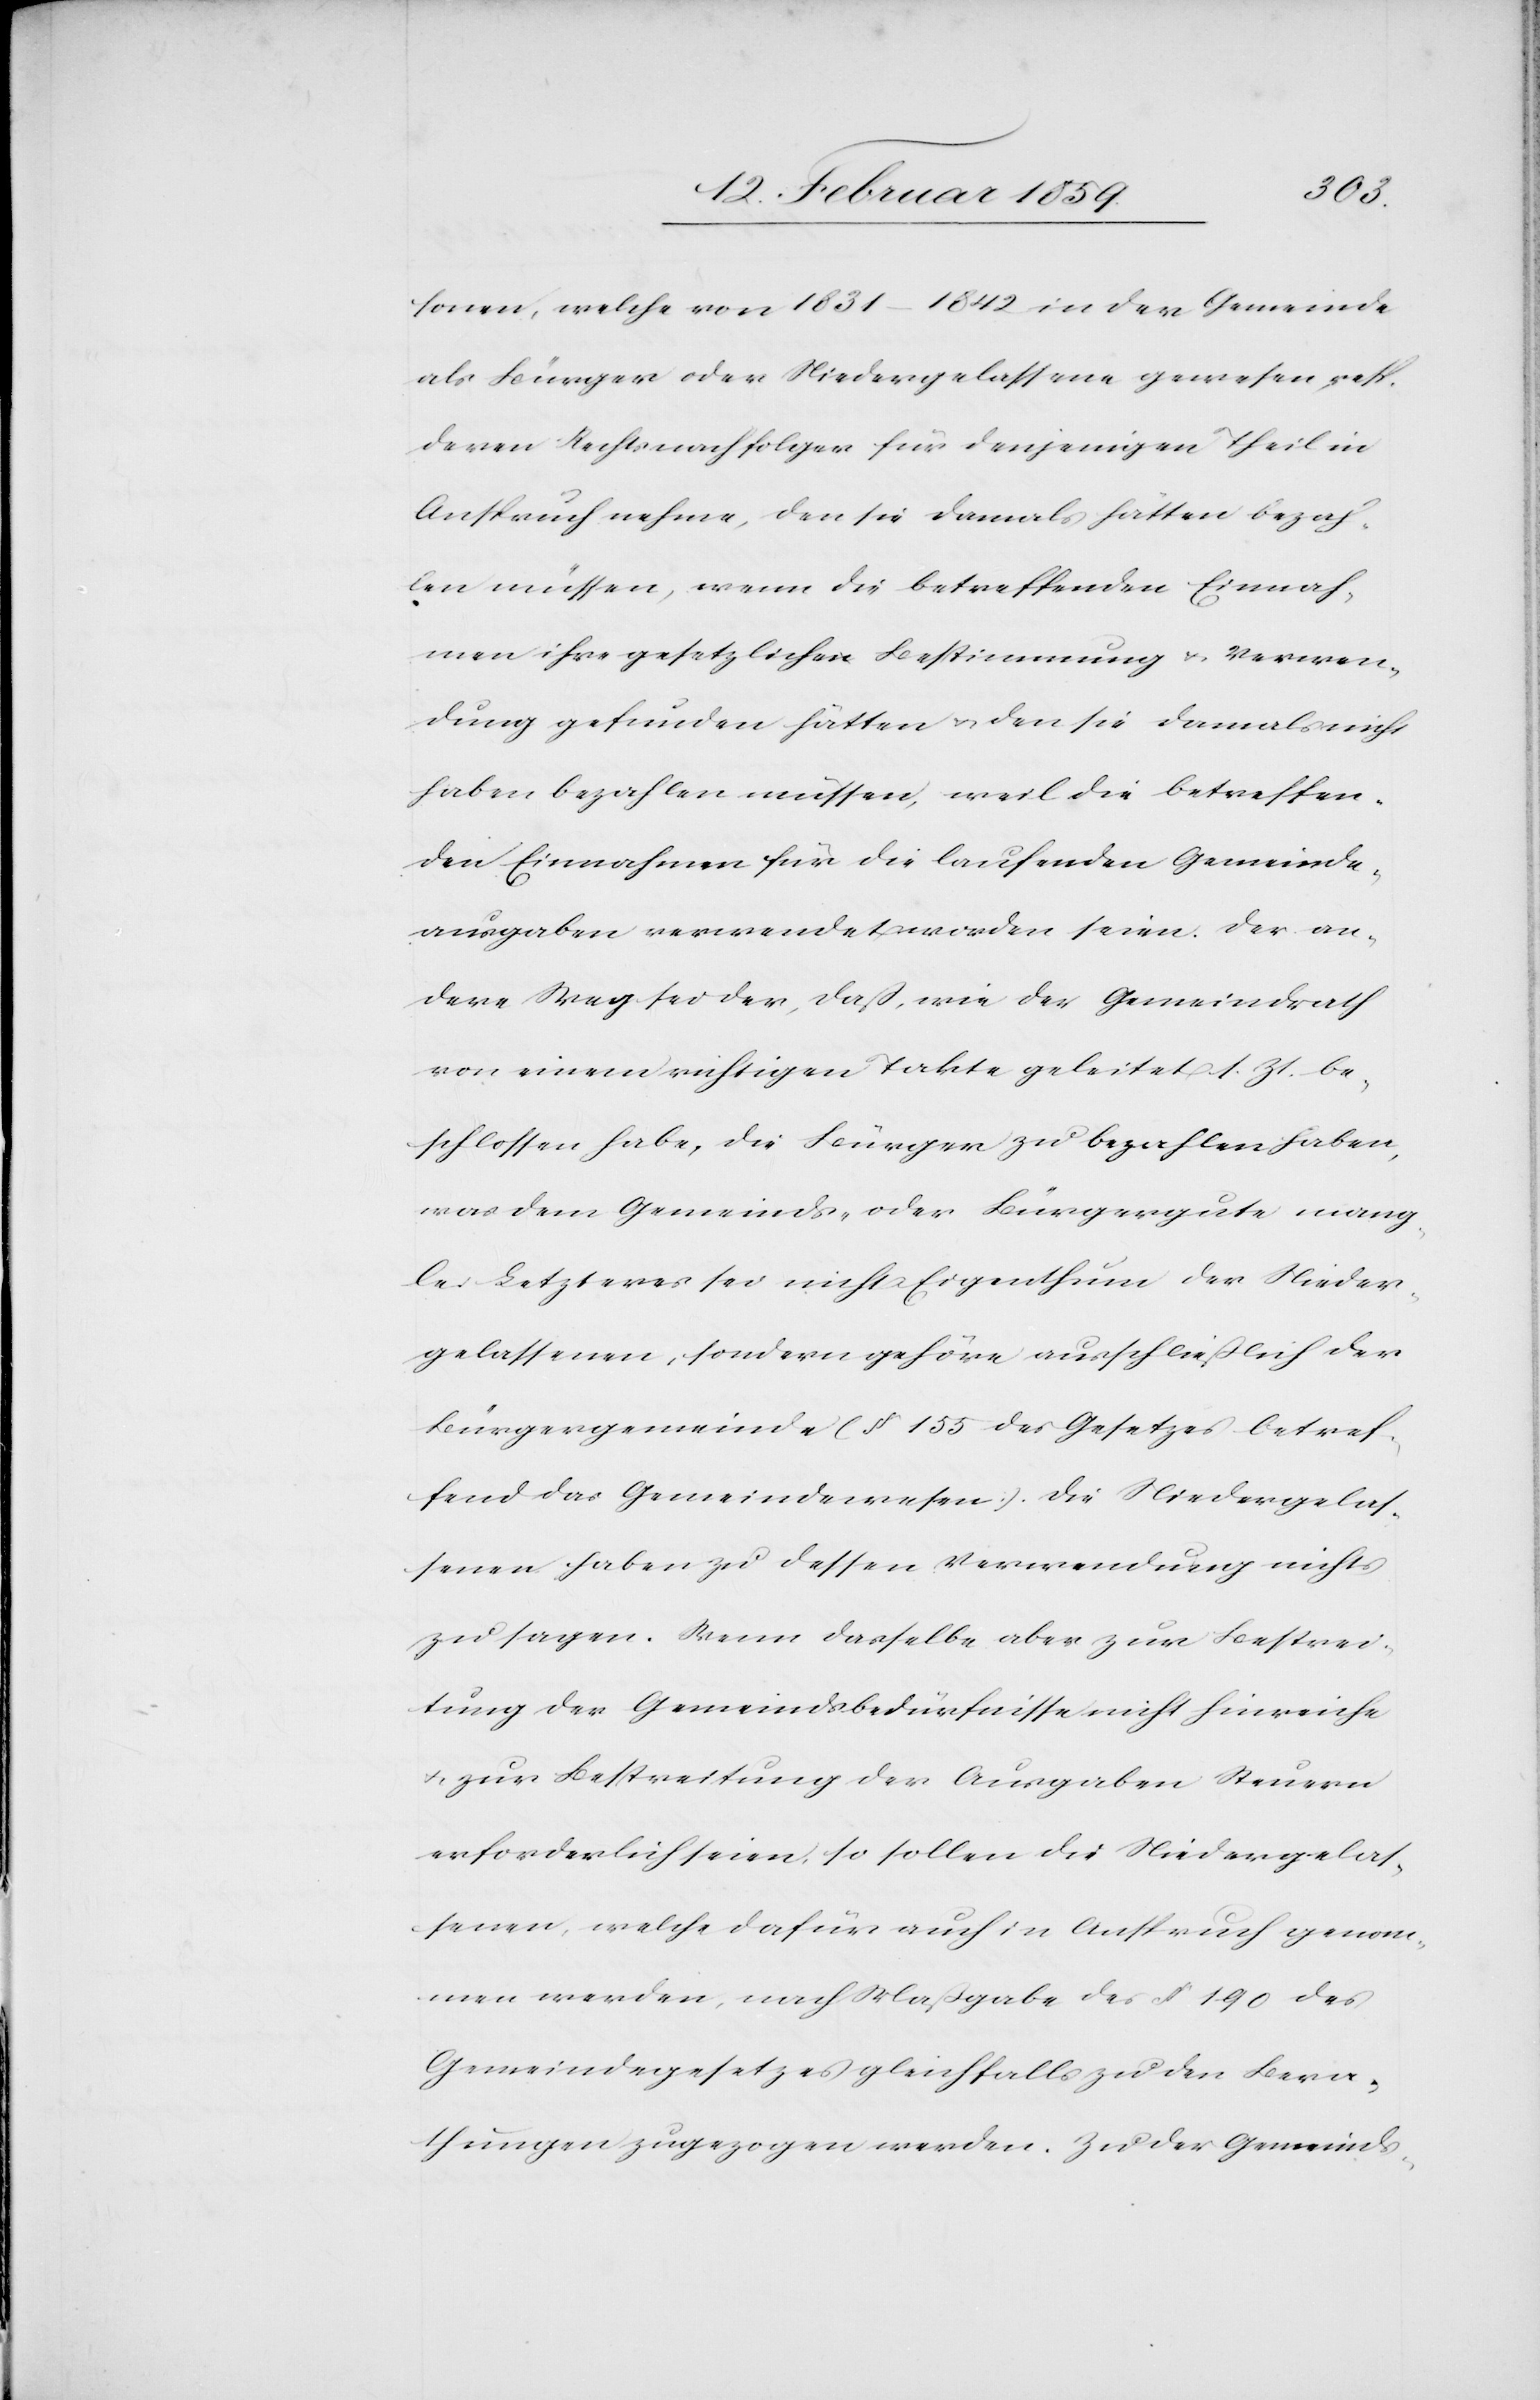
sonen, welche von 1831–1842 in der Gemeinde
als Bürger oder Niedergelassene gewesen, resp.
deren Rechtsnachfolger für denjenigen Theil in
Anspruch nehme, den sie damals hätten bezah¬
len müssen, wenn die betreffenden Einnah¬
men ihre gesetzliche Bestimmung u. Verwen¬
dung gefunden hätten u. den sie damals nicht
haben bezahlen müssen, weil die betreffen¬
den Einnahmen für die laufenden Gemeinde¬
ausgaben verwendet worden seien. Der an¬
dere Weg sei der, daß, wie der Gemeindrath
von einem richtigen Takte geleitet s. Zt. be¬
schlossen habe, die Bürger zu bezahlen haben,
was dem Gemeinds- oder Bürgergute mang¬
le. Letzteres sei nicht Eigenthum der Nieder¬
gelassenen, sondern gehöre ausschließlich der
Bürgergemeinde (§ 155 des Gesetzes betref¬
fend das Gemeindewesen). Die Niedergelas¬
senen haben zu dessen Verwendung nichts
zu sagen. Wenn dasselbe aber zur Bestrei¬
tung der Gemeindsbedürfnisse nicht hinreiche
u. zur Bestreitung der Ausgaben Steuern
erforderlich seien, so sollen die Niedergelas¬
senen, welche dafür auch in Anspruch genom¬
men werden, nach Maßgabe des § 190 des
Gemeindegesetzes gleichfalls zu den Bera¬
thungen zugezogen werden. Zu der Gemeinds-